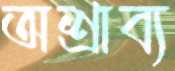
অশ্রাব্য